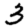
Digit: 3